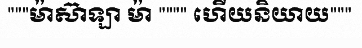
"""ម៉ាស៊ាឡា ម៉ា """" ហើយនិយាយ"""